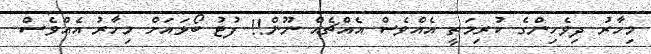
މިހާރު ދިވެހިންގެ ކުރިމަތީ އެއްވެސް އެއްޗެއް ނޫން!! ފުޓު ބޯޅައަށް މިހާރު އެއްވެސް